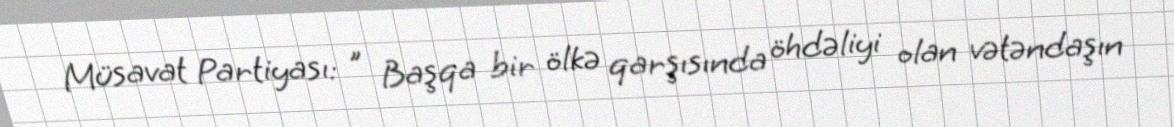
Müsavat Partiyası: " Başqa bir ölkə qarşısında öhdəliyi olan vətəndaşın